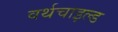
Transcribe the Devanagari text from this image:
वर्थचाइल्ड